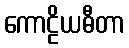
ကောဠိယဓီတာ